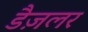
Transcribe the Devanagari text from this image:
डैज़लर